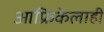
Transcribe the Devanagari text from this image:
आफ्रिकेलाही